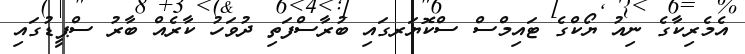
އެމެރިކާގެ ނިއު ޔޯކްގެ ޓައިމްސް ސްކޮޔަރގައި ބުރާސްފަތި ދުވަހު ކާރެއް ބާރު ސްޕީޑުގައި